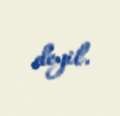
deyil.